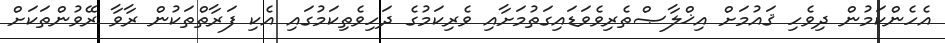
އެހެންކަމުން ދިވެހި ޤައުމަށް އިޚްލާޞްތެރިވެވަޑައިގަތުމަށާއި ވެރިކަމުގެ ދަހިވެތިކަމުގައި އެކި ފަރާތްތަކުން ރާވާ ރޭވުންތަކަށް